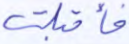
فأقبلت